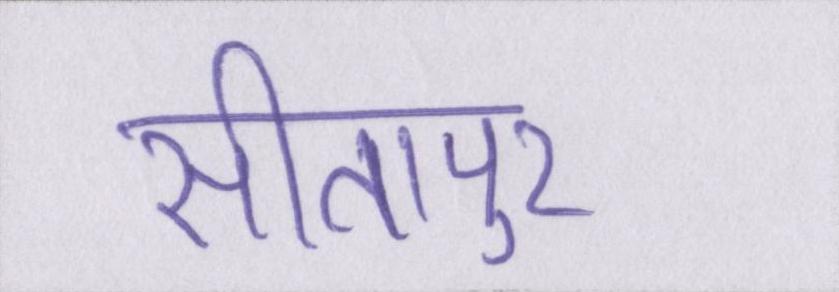
सीतापुर